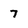
Character: 7